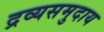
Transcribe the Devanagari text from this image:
द्रव्यसमुदाय